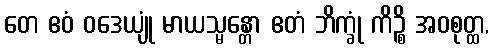
တေ ဧဝံ ဝဒေယျုံ မာယသ္မန္တော ဧတံ ဘိက္ခုံ ကိဉ္စိ အဝစုတ္ထ,